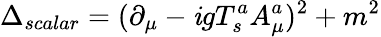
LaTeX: \Delta_{scalar}=(\partial_{\mu}-\mathit{i}gT_{s}^{a}A_{\mu}^{a})^{2}+m^{2}